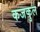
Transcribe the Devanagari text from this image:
कजकुल